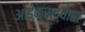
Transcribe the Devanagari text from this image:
ओडेक्सद्वारा